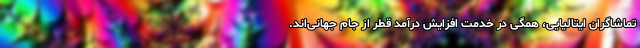
تماشاگران ایتالیایی، همگی در خدمت افزایش درآمد قطر از جام جهانی‌اند.